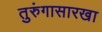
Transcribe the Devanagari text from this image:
तुरुंगासारखा